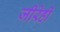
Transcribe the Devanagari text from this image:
जीरेही